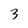
Character: 3